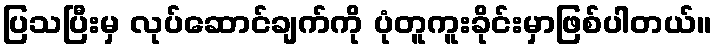
ပြသပြီးမှ လုပ်ဆောင်ချက်ကို ပုံတူကူးခိုင်းမှာဖြစ်ပါတယ်။